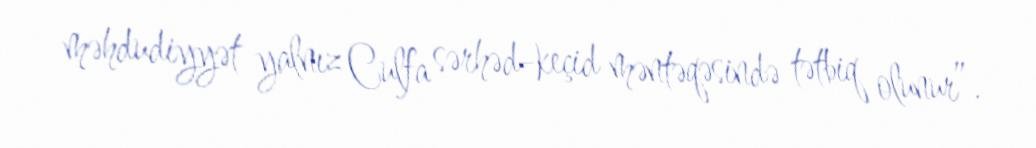
məhdudiyyət yalnız Culfa sərhəd-keçid məntəqəsində tətbiq olunur”.